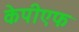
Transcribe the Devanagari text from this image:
केपीएफ